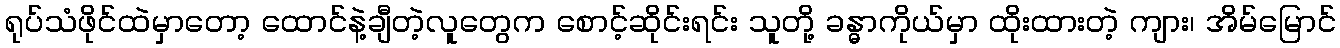
ရုပ်သံဖိုင်ထဲမှာတော့ ထောင်နဲ့ချီတဲ့လူတွေက စောင့်ဆိုင်းရင်း သူတို့ ခန္ဓာကိုယ်မှာ ထိုးထားတဲ့ ကျား၊ အိမ်မြောင်